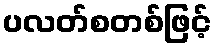
ပလတ်စတစ်ဖြင့်